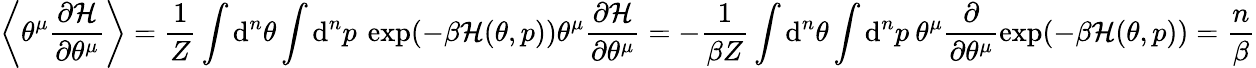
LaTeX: \left\langle\theta^{\mu}\frac{\partial\mathcal{H}}{\partial\theta^{\mu}}\right\rangle=\frac{1}{Z}\int\mathrm{d}^{n}\theta\int\mathrm{d}^{n}p\: \exp(-\beta\mathcal{H}(\theta,p))\theta^{\mu}\frac{\partial\mathcal{H}}{\partial\theta^{\mu}}=-\frac{1}{\beta Z}\int\mathrm{d}^{n}\theta\int\mathrm{d}^{n}p\: \theta^{\mu}\frac{\partial}{\partial\theta^{\mu}}\exp(-\beta\mathcal{H}(\theta,p))=\frac{n}{\beta}